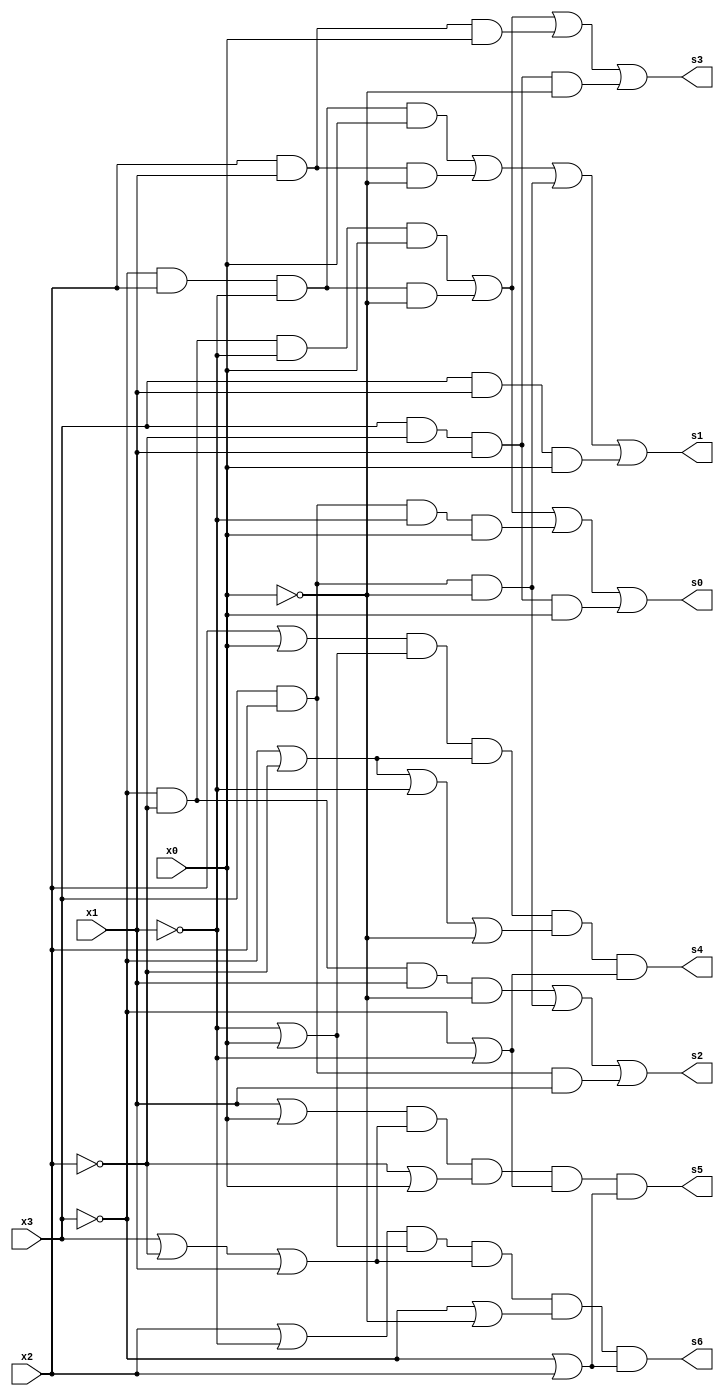
module hexdisp(x3, x2, x1, x0, s0, s1, s2, s3, s4, s5, s6);
	input x3, x2, x1, x0;
	output s0, s1, s2, s3, s4, s5, s6;
	
	assign s0 = (!x3 & !x2 & !x1 &  x0) |  
					(!x3 &  x2 & !x1 & !x0) |  
					( x3 &  x2 & !x1 &  x0) |  
					( x3 & !x2 &  x1 &  x0) ;
	
	assign s1 = (!x3 &  x2 & !x1 &  x0) |  
					(    &  x2 &  x1 & !x0) |  
					( x3 &  x2 &       !x0) |  
					( x3 &        x1 &  x0) ;
	
	assign s2 = (!x3 & !x2 &  x1 & !x0) |  
					( x3 &  x2 &       !x0) |  
					( x3 &  x2 &  x1      ) ;
	
	assign s3 = (!x3 & !x2 & !x1 &  x0) |  
					(!x3 &  x2 & !x1 & !x0) |  
					(       x2 &  x1 &  x0) |  
					( x3 & !x2 &  x1 & !x0) ;
	
	assign s4 = (       x2       |  x0) &  
					(            !x1 |  x0) &  
					(!x3 | !x2            ) &  
					(!x3 | !x2 | !x1 | !x0) &	
					(!x3       | !x1      ) ;
	
	assign s5 = (             x1 |  x0) &  
					( x3 | !x2 |  x1      ) &  
					(      !x2 |        x0) &
					(!x3 |       !x1      ) &		
					(!x3 |  x2            ) ;
	
	assign s6 = (       x2 | !x1      ) &  
					(            !x1 |  x0) &  
					( x3 | !x2 |  x1      ) &  
					(!x3             | !x0) &  
					(!x3 |  x2            ) ;
endmodule